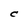
Character: C